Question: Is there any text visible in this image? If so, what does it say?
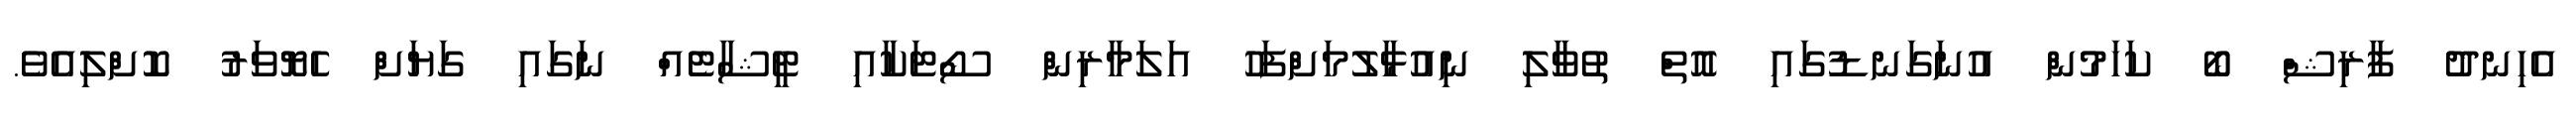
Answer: އެހިނދު ފާރިޝް ބޯ ކަހަމުން އުނަގަނޑުގައި އޮތް ތުވާލި ނިއުޅާލުމަށްފަހު އަލަމާރިން ސޯޓަކާއި ޓީޝާޓެއް ނަގައި ގަޔަށް ހެޔޮވަރު ކޮށްލިއެވެ.